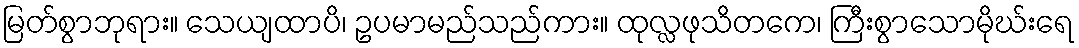
မြတ်စွာဘုရား။ သေယျထာပိ၊ ဥပမာမည်သည်ကား။ ထုလ္လဖုသိတကေ၊ ကြီးစွာသောမိုဃ်းရေ